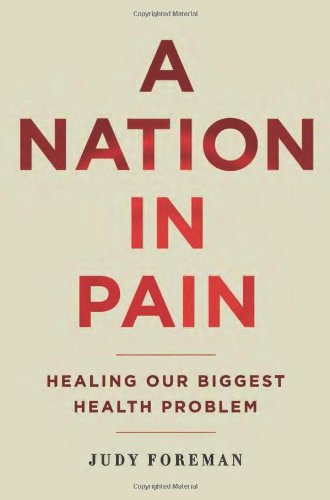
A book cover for A Nation in Pain: Healing our Biggest Health Problem; Judy Foreman; Health, Fitness & Dieting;